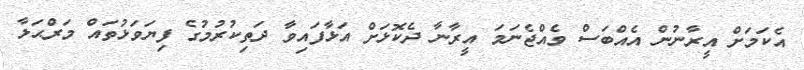
އެކަމަށް އީރާނުން އެއްބަސް ވެއްޖެނަމަ އީރާނާ ދެކޮޅަށް އަޅާފައިވާ ދަތިކުރުމުގެ ފިޔަވަޅުތައް މަރްޙަލާ